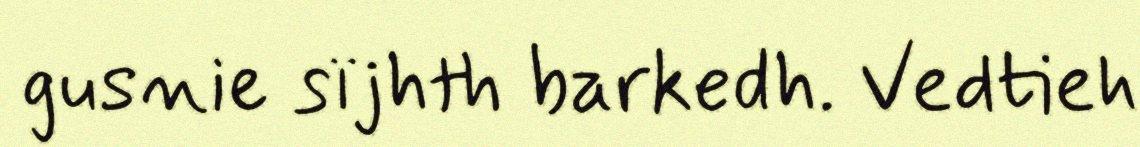
gusnie sïjhth barkedh. Vedtieh